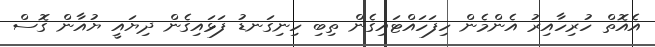
އެއޮތް ހުރިހާއިރު އެންމެން ހިފަހައްޓައިގެން ތިބި ހިނިގަނޑު ފަޅައިގެން ދިޔައީ ޔުއާން ގޮސް